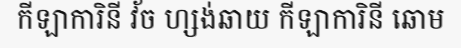
កីឡាការិនី វ័ច ហ្សង់ឆាយ កីឡាការិនី ឆោម